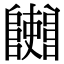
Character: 𨽄